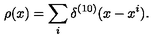
\rho ( x ) = \sum _ { i } \delta ^ { ( 1 0 ) } ( x - x ^ { i } ) .